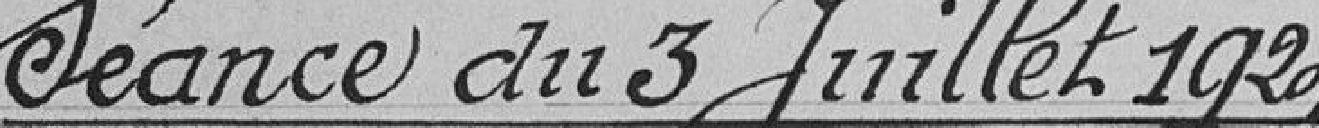
Séance du 3 juillet 1924.